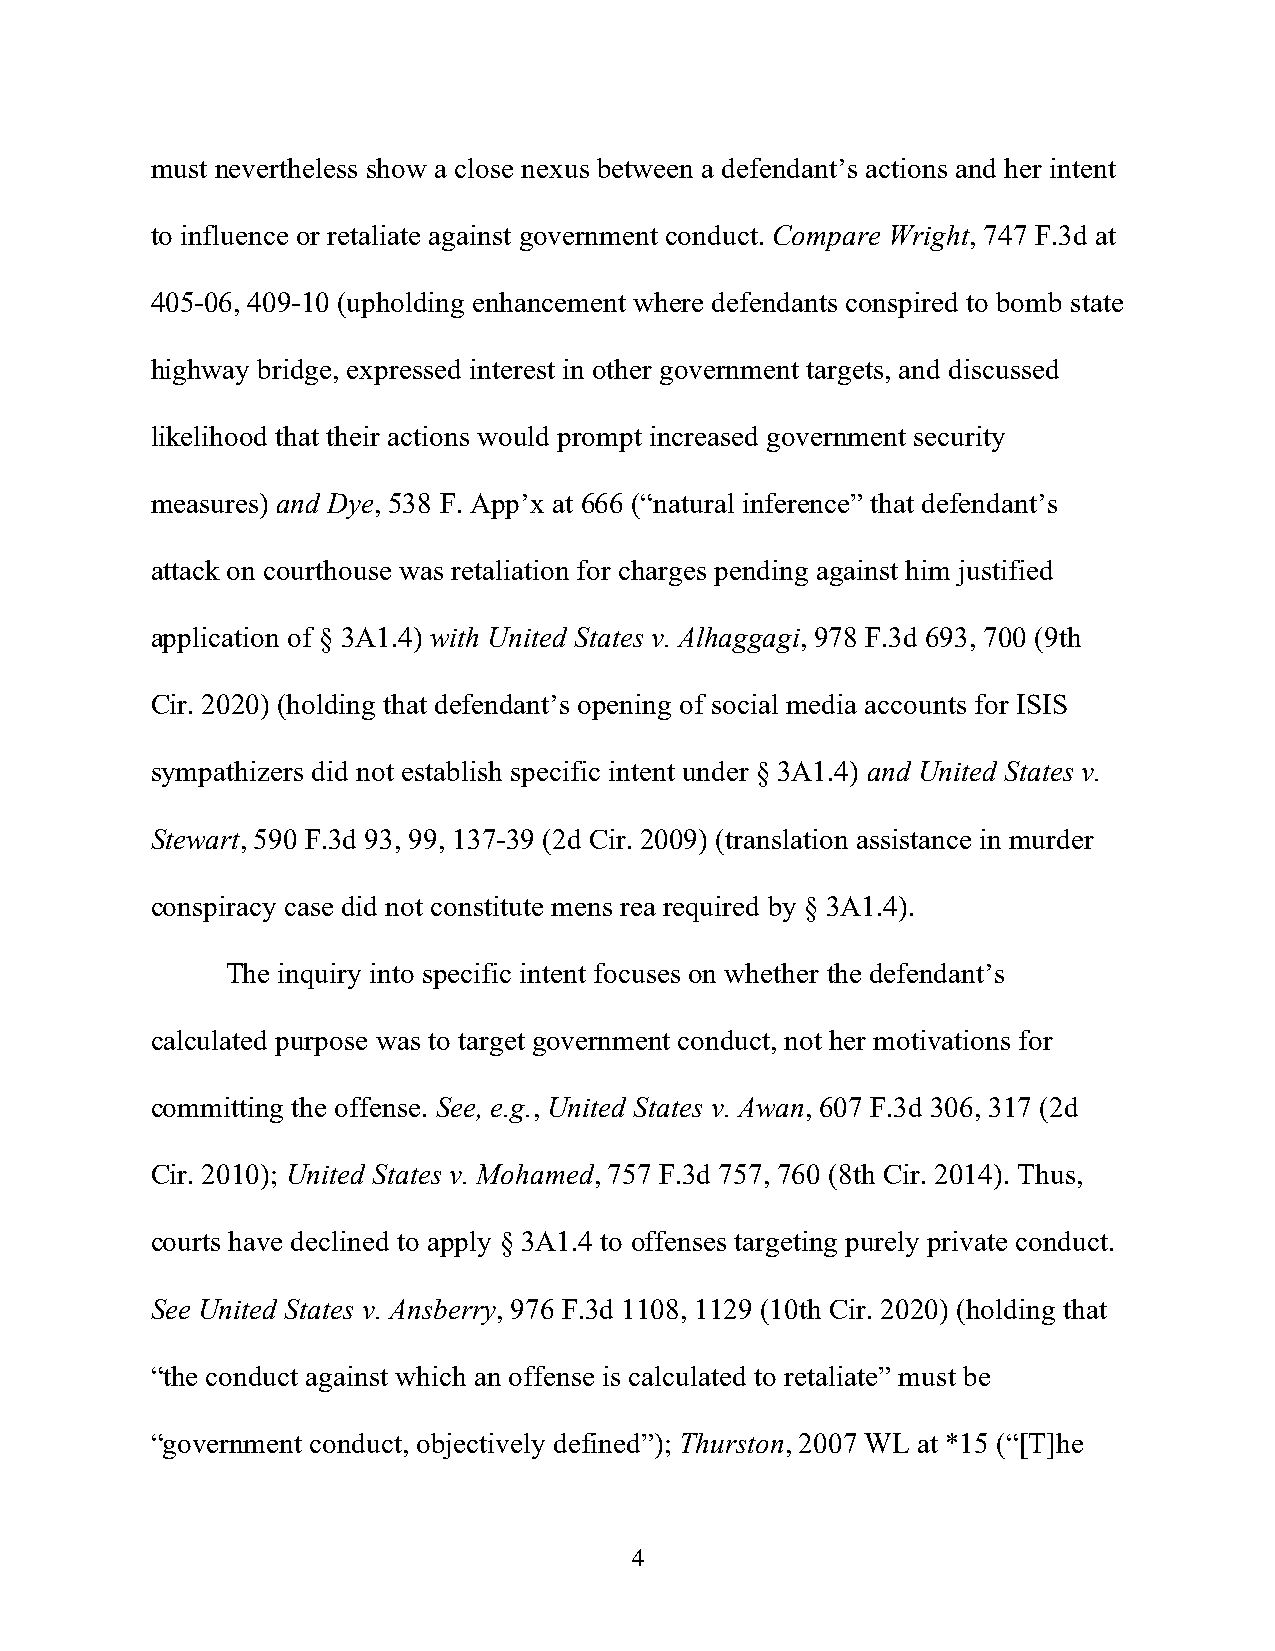
must nevertheless show a close nexus between a defendant’s actions and her intent
 to influence or retaliate against government conduct. Compare Wright, 747 F.3d at
 405-06, 409-10 (upholding enhancement where defendants conspired to bomb state
 highway bridge, expressed interest in other government targets, and discussed
 likelihood that their actions would prompt increased government security
 measures) and Dye, 538 F. App’x at 666 (“natural inference” that defendant’s
 attack on courthouse was retaliation for charges pending against him justified
 application of § 3A1.4) with United States v. Alhaggagi, 978 F.3d 693, 700 (9th
 Cir. 2020) (holding that defendant’s opening of social media accounts for ISIS
 sympathizers did not establish specific intent under § 3A1.4) and United States v.
 Stewart, 590 F.3d 93, 99, 137-39 (2d Cir. 2009) (translation assistance in murder
 conspiracy case did not constitute mens rea required by § 3A1.4).
 The inquiry into specific intent focuses on whether the defendant’s
 calculated purpose was to target government conduct, not her motivations for
 committing the offense. See, e.g., United States v. Awan, 607 F.3d 306, 317 (2d
 Cir. 2010); United States v. Mohamed, 757 F.3d 757, 760 (8th Cir. 2014). Thus,
 courts have declined to apply § 3A1.4 to offenses targeting purely private conduct.
 See United States v. Ansberry, 976 F.3d 1108, 1129 (10th Cir. 2020) (holding that
 “the conduct against which an offense is calculated to retaliate” must be
 “government conduct, objectively defined”); Thurston, 2007 WL at *15 (“[T]he
 4